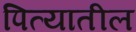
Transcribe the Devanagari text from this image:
पित्यातील